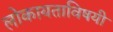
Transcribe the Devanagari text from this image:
लोकायताविषयी